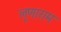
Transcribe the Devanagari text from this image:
लूणाराम